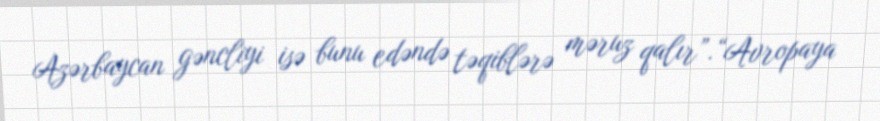
Azərbaycan gəncliyi isə bunu edəndə təqiblərə məruz qalır”.“Avropaya